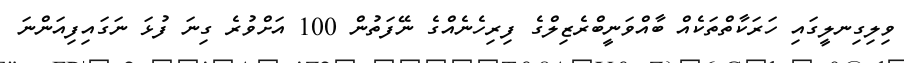
ވިލިގިނލީގައި ހަރަކާތްތަކެއް ބާއްވަނީބްރެޒިލްގެ ފިރިހެނެއްގެ ނޭފަތުން 100 އަށްވުރެ ގިނަ ފުޅަ ނަގައިފިއަންނަ